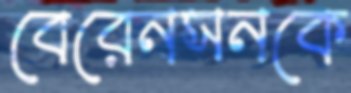
বেরেনসনকে